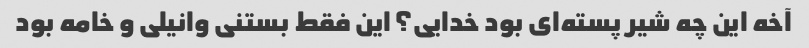
آخه این چه شیر پسته‌ای بود خدایی؟ این فقط بستنی وانیلی و خامه بود